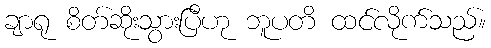
ချာရု စိတ်ဆိုးသွားပြီဟု ဘူပတိ ထင်လိုက်သည်။